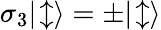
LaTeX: \sigma_{3}|\! \updownarrow\rangle=\pm|\! \updownarrow\rangle